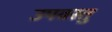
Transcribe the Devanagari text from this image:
उपवस्तु